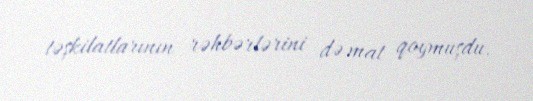
təşkilatlarının rəhbərlərini də mat qoymuşdu.